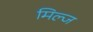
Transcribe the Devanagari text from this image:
मिल्ज